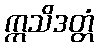
ဣသိဒတ္တံ